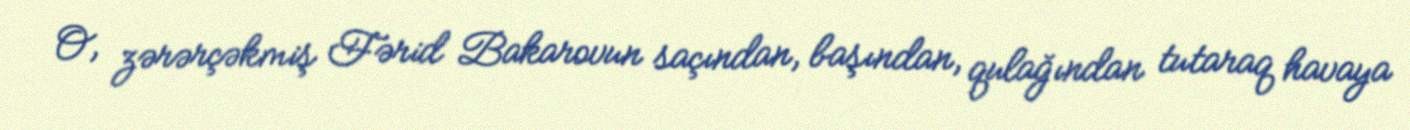
O, zərərçəkmiş Fərid Bakarovun saçından, başından, qulağından tutaraq havaya